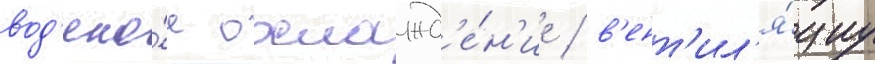
вод'яно́е охлажд'е́н'ие / в'ент'ил'я́циу